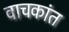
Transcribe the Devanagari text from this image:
वाचकांत